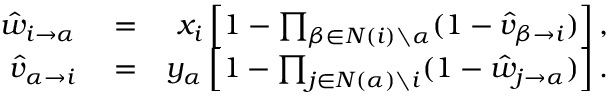
\begin{array} { r l r } { \hat { w } _ { i \rightarrow \alpha } } & { { } = } & { x _ { i } \left[ 1 - \prod _ { \beta \in N ( i ) \setminus \alpha } ( 1 - \hat { v } _ { \beta \rightarrow i } ) \right] , } \\ { \hat { v } _ { \alpha \rightarrow i } } & { { } = } & { y _ { \alpha } \left[ 1 - \prod _ { j \in N ( \alpha ) \setminus i } ( 1 - \hat { w } _ { j \rightarrow \alpha } ) \right] . } \end{array}